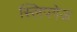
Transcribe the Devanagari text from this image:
स्लिपगेज